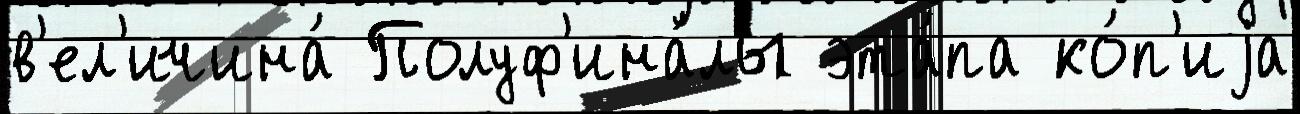
в'ел'ичина́ Полуф'ина́лы эта́па ко́п'иjа